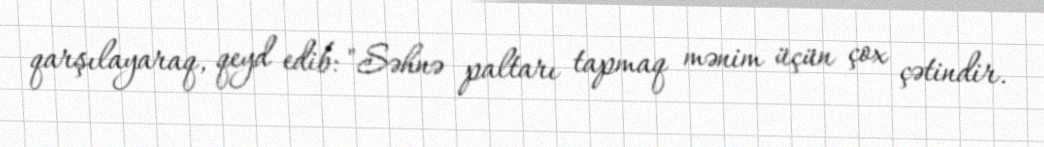
qarşılayaraq, qeyd edib: "Səhnə paltarı tapmaq mənim üçün çox çətindir.